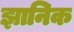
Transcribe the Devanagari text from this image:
झानिक